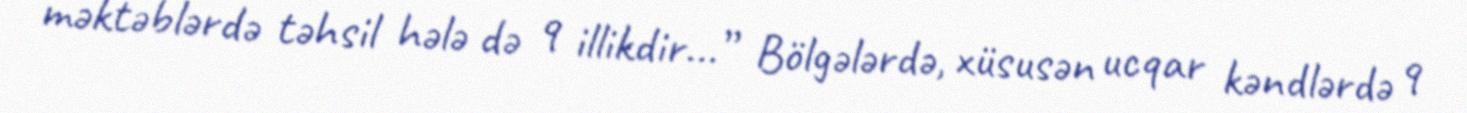
məktəblərdə təhsil hələ də 9 illikdir...” Bölgələrdə, xüsusən ucqar kəndlərdə 9